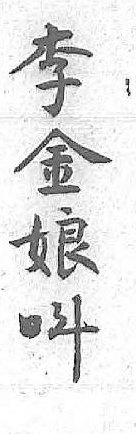
李呌金 娘